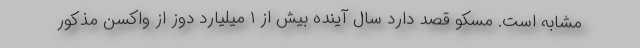
مشابه است. مسکو قصد دارد سال آینده بیش از ۱ میلیارد دوز از واکسن مذکور